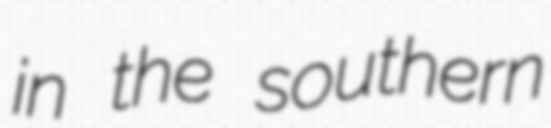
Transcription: in the southern